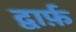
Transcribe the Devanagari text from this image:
द्वार्फ़